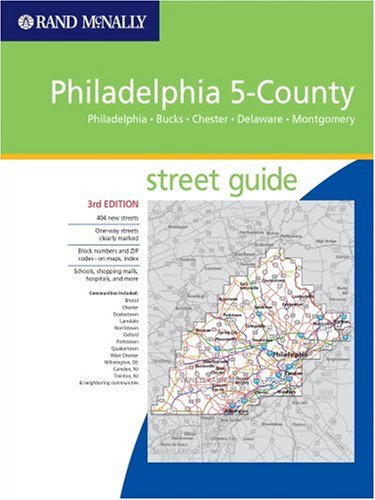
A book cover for Philadelphia 5-County Street Guide: Philadelphia, Bucks, Chester, Delaware, Montgomery; Rand McNally; Travel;